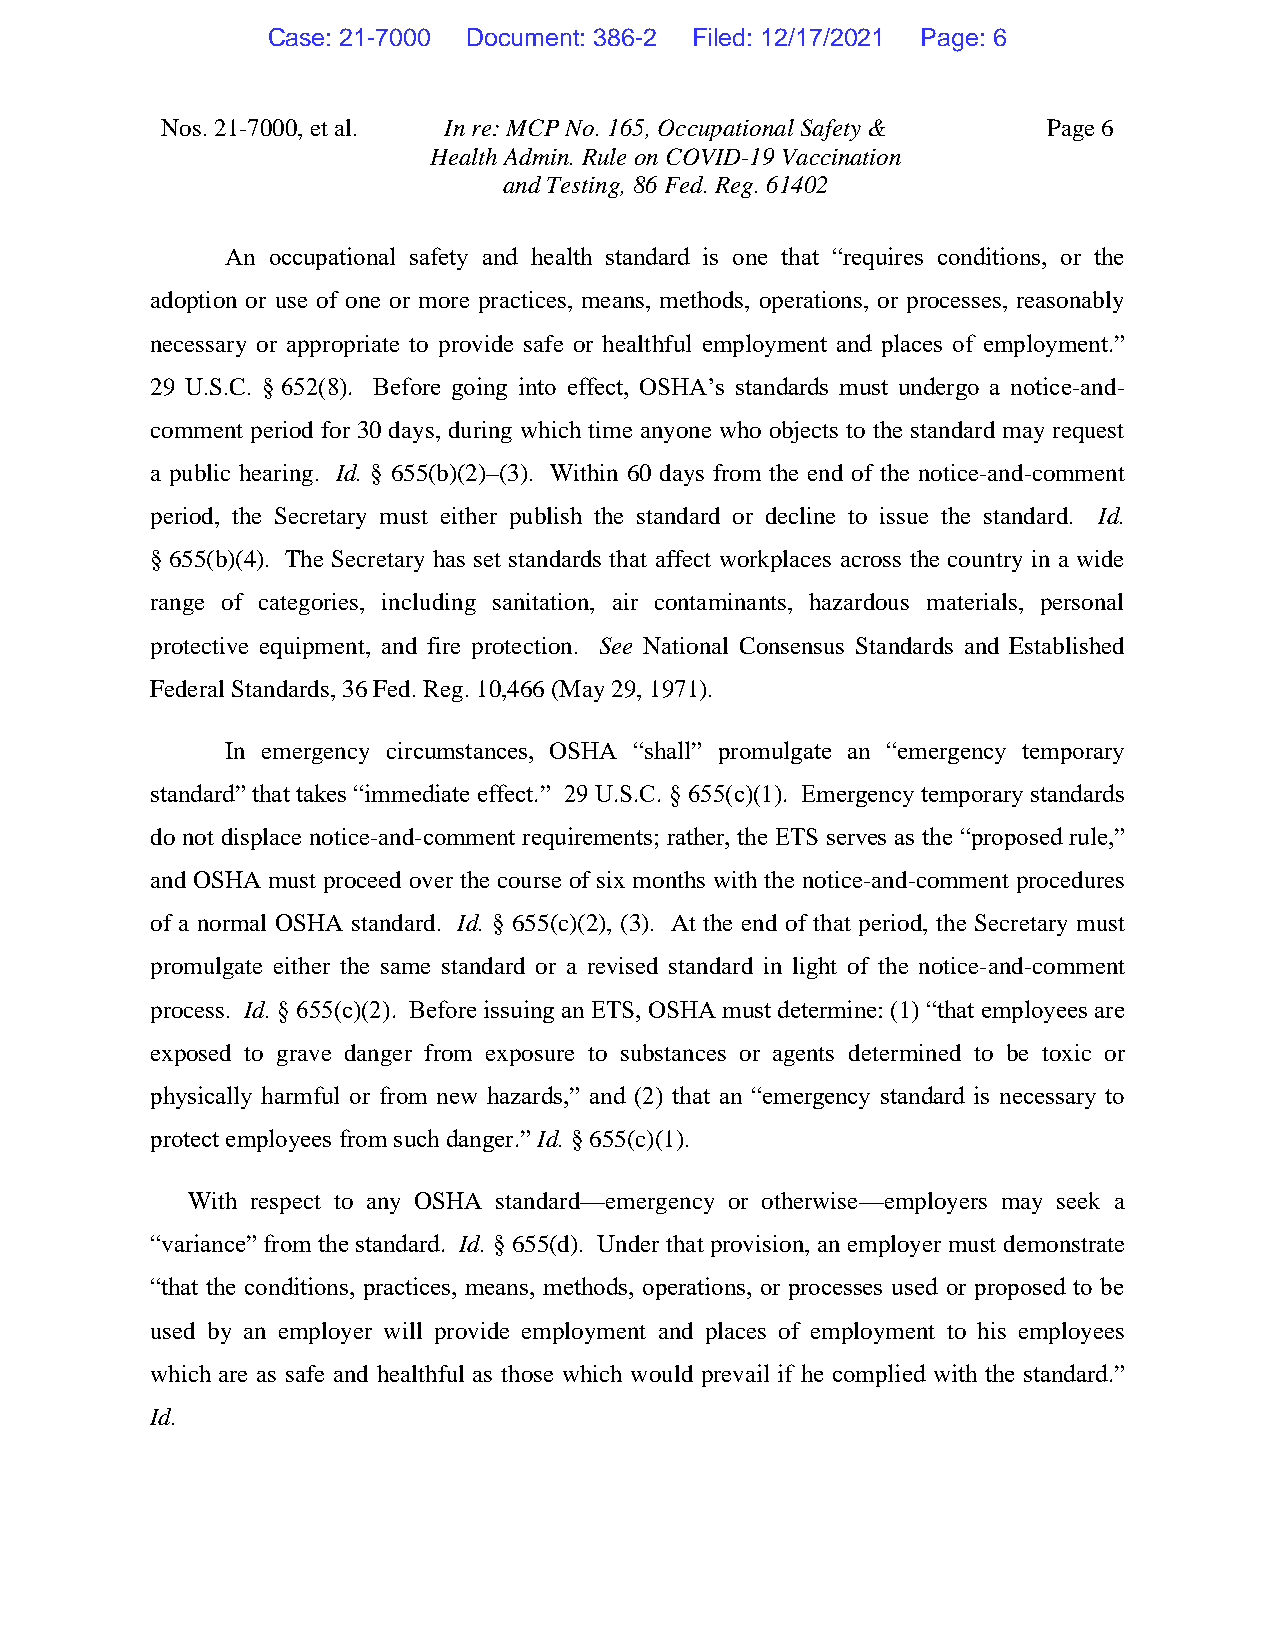
Case: 21-7000 Document: 386-2 Filed: 12/17/2021 Page: 6
 Nos. 21-7000, et al. In re: MCP No. 165, Occupational Safety & Page 6
 Health Admin. Rule on COVID-19 Vaccination
 and Testing, 86 Fed. Reg. 61402
 An occupational safety and health standard is one that “requires conditions, or the
 adoption or use of one or more practices, means, methods, operations, or processes, reasonably
 necessary or appropriate to provide safe or healthful employment and places of employment.”
 29 U.S.C. § 652(8). Before going into effect, OSHA’s standards must undergo a notice-and-
 comment period for 30 days, during which time anyone who objects to the standard may request
 a public hearing. Id. § 655(b)(2)–(3). Within 60 days from the end of the notice-and-comment
 period, the Secretary must either publish the standard or decline to issue the standard. Id.
 § 655(b)(4). The Secretary has set standards that affect workplaces across the country in a wide
 range of categories, including sanitation, air contaminants, hazardous materials, personal
 protective equipment, and fire protection. See National Consensus Standards and Established
 Federal Standards, 36 Fed. Reg. 10,466 (May 29, 1971).
 In emergency circumstances, OSHA “shall” promulgate an “emergency temporary
 standard” that takes “immediate effect.” 29 U.S.C. § 655(c)(1). Emergency temporary standards
 do not displace notice-and-comment requirements; rather, the ETS serves as the “proposed rule,”
 and OSHA must proceed over the course of six months with the notice-and-comment procedures
 of a normal OSHA standard. Id. § 655(c)(2), (3). At the end of that period, the Secretary must
 promulgate either the same standard or a revised standard in light of the notice-and-comment
 process. Id. § 655(c)(2). Before issuing an ETS, OSHA must determine: (1) “that employees are
 exposed to grave danger from exposure to substances or agents determined to be toxic or
 physically harmful or from new hazards,” and (2) that an “emergency standard is necessary to
 protect employees from such danger.” Id. § 655(c)(1).
 With respect to any OSHA standard—emergency or otherwise—employers may seek a
 “variance” from the standard. Id. § 655(d). Under that provision, an employer must demonstrate
 “that the conditions, practices, means, methods, operations, or processes used or proposed to be
 used by an employer will provide employment and places of employment to his employees
 which are as safe and healthful as those which would prevail if he complied with the standard.”
 Id.